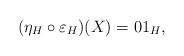
LaTeX: \begin{gather*} ( \eta _{H}\circ \varepsilon _{H} ) (X) =01_{H},\end{gather*}